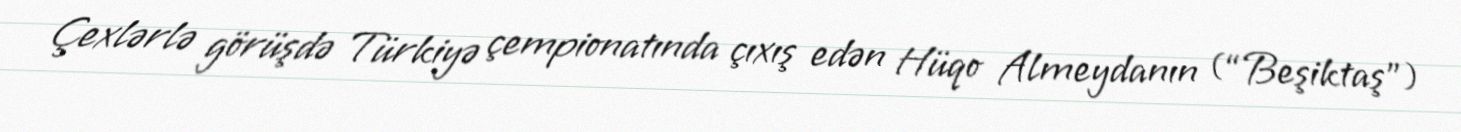
Çexlərlə görüşdə Türkiyə çempionatında çıxış edən Hüqo Almeydanın (“Beşiktaş”)